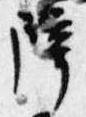
障